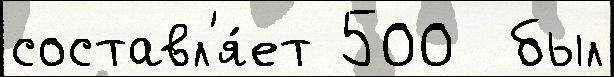
составл'я́ет 500  был